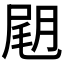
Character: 𡲊